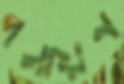
পলায়ন